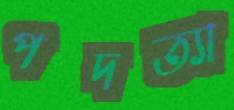
পদত্যা